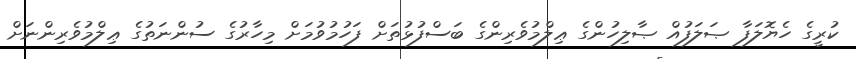
ކުރީގެ ހެޔޮލަފާ ޞަލަފުއް ޞާލިހުންގެ ޢިލްމުވެރިންގެ ބަސްފުޅުތަށް ފަހުމުވުމަށް މިހާރުގެ ސުންނަތުގެ ޢިލްމުވެރިންނަށް